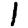
Digit: 1